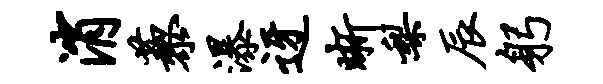
消藜瀑迓晰梨辰躬